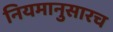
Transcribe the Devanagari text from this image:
नियमानुसारच